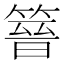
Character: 𥰸